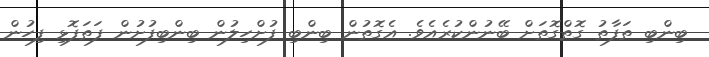
ބިންބި ތަފާތު ގޮތްގޮތަށް ބޭނުންކުރެއެވެ. އެގޮތުން ބިންބި ފުށްހިލުން ބިންބިފުށުން ފަތަފޮޅި ފިހުން